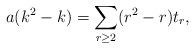
LaTeX: \begin{align*}a(k^{2}-k) = \sum_{r\geq 2}(r^{2}-r)t_{r},\end{align*}